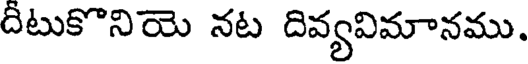
దీటుకొనియె నట దివ్యవిమానము.